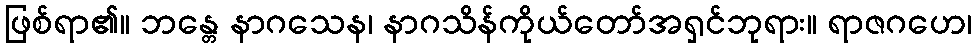
ဖြစ်ရာ၏။ ဘန္တေ နာဂသေန၊ နာဂသိန်ကိုယ်တော်အရှင်ဘုရား။ ရာဇဂဟေ၊